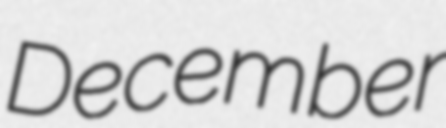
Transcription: December